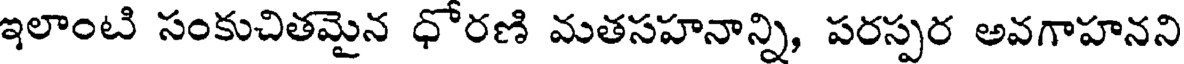
ఇలాంటి సంకుచితమైన ధోరణి మతసహనాన్ని, పరస్పర అవగాహనని